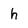
Character: h